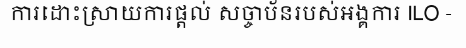
ការដោះស្រាយការផ្តល់ សច្ចាប័នរបស់អង្គការ ILO -